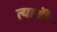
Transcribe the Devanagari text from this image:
त्यावेी